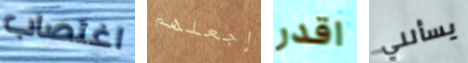
اغتصاب إجعلهم اقدر يسألني